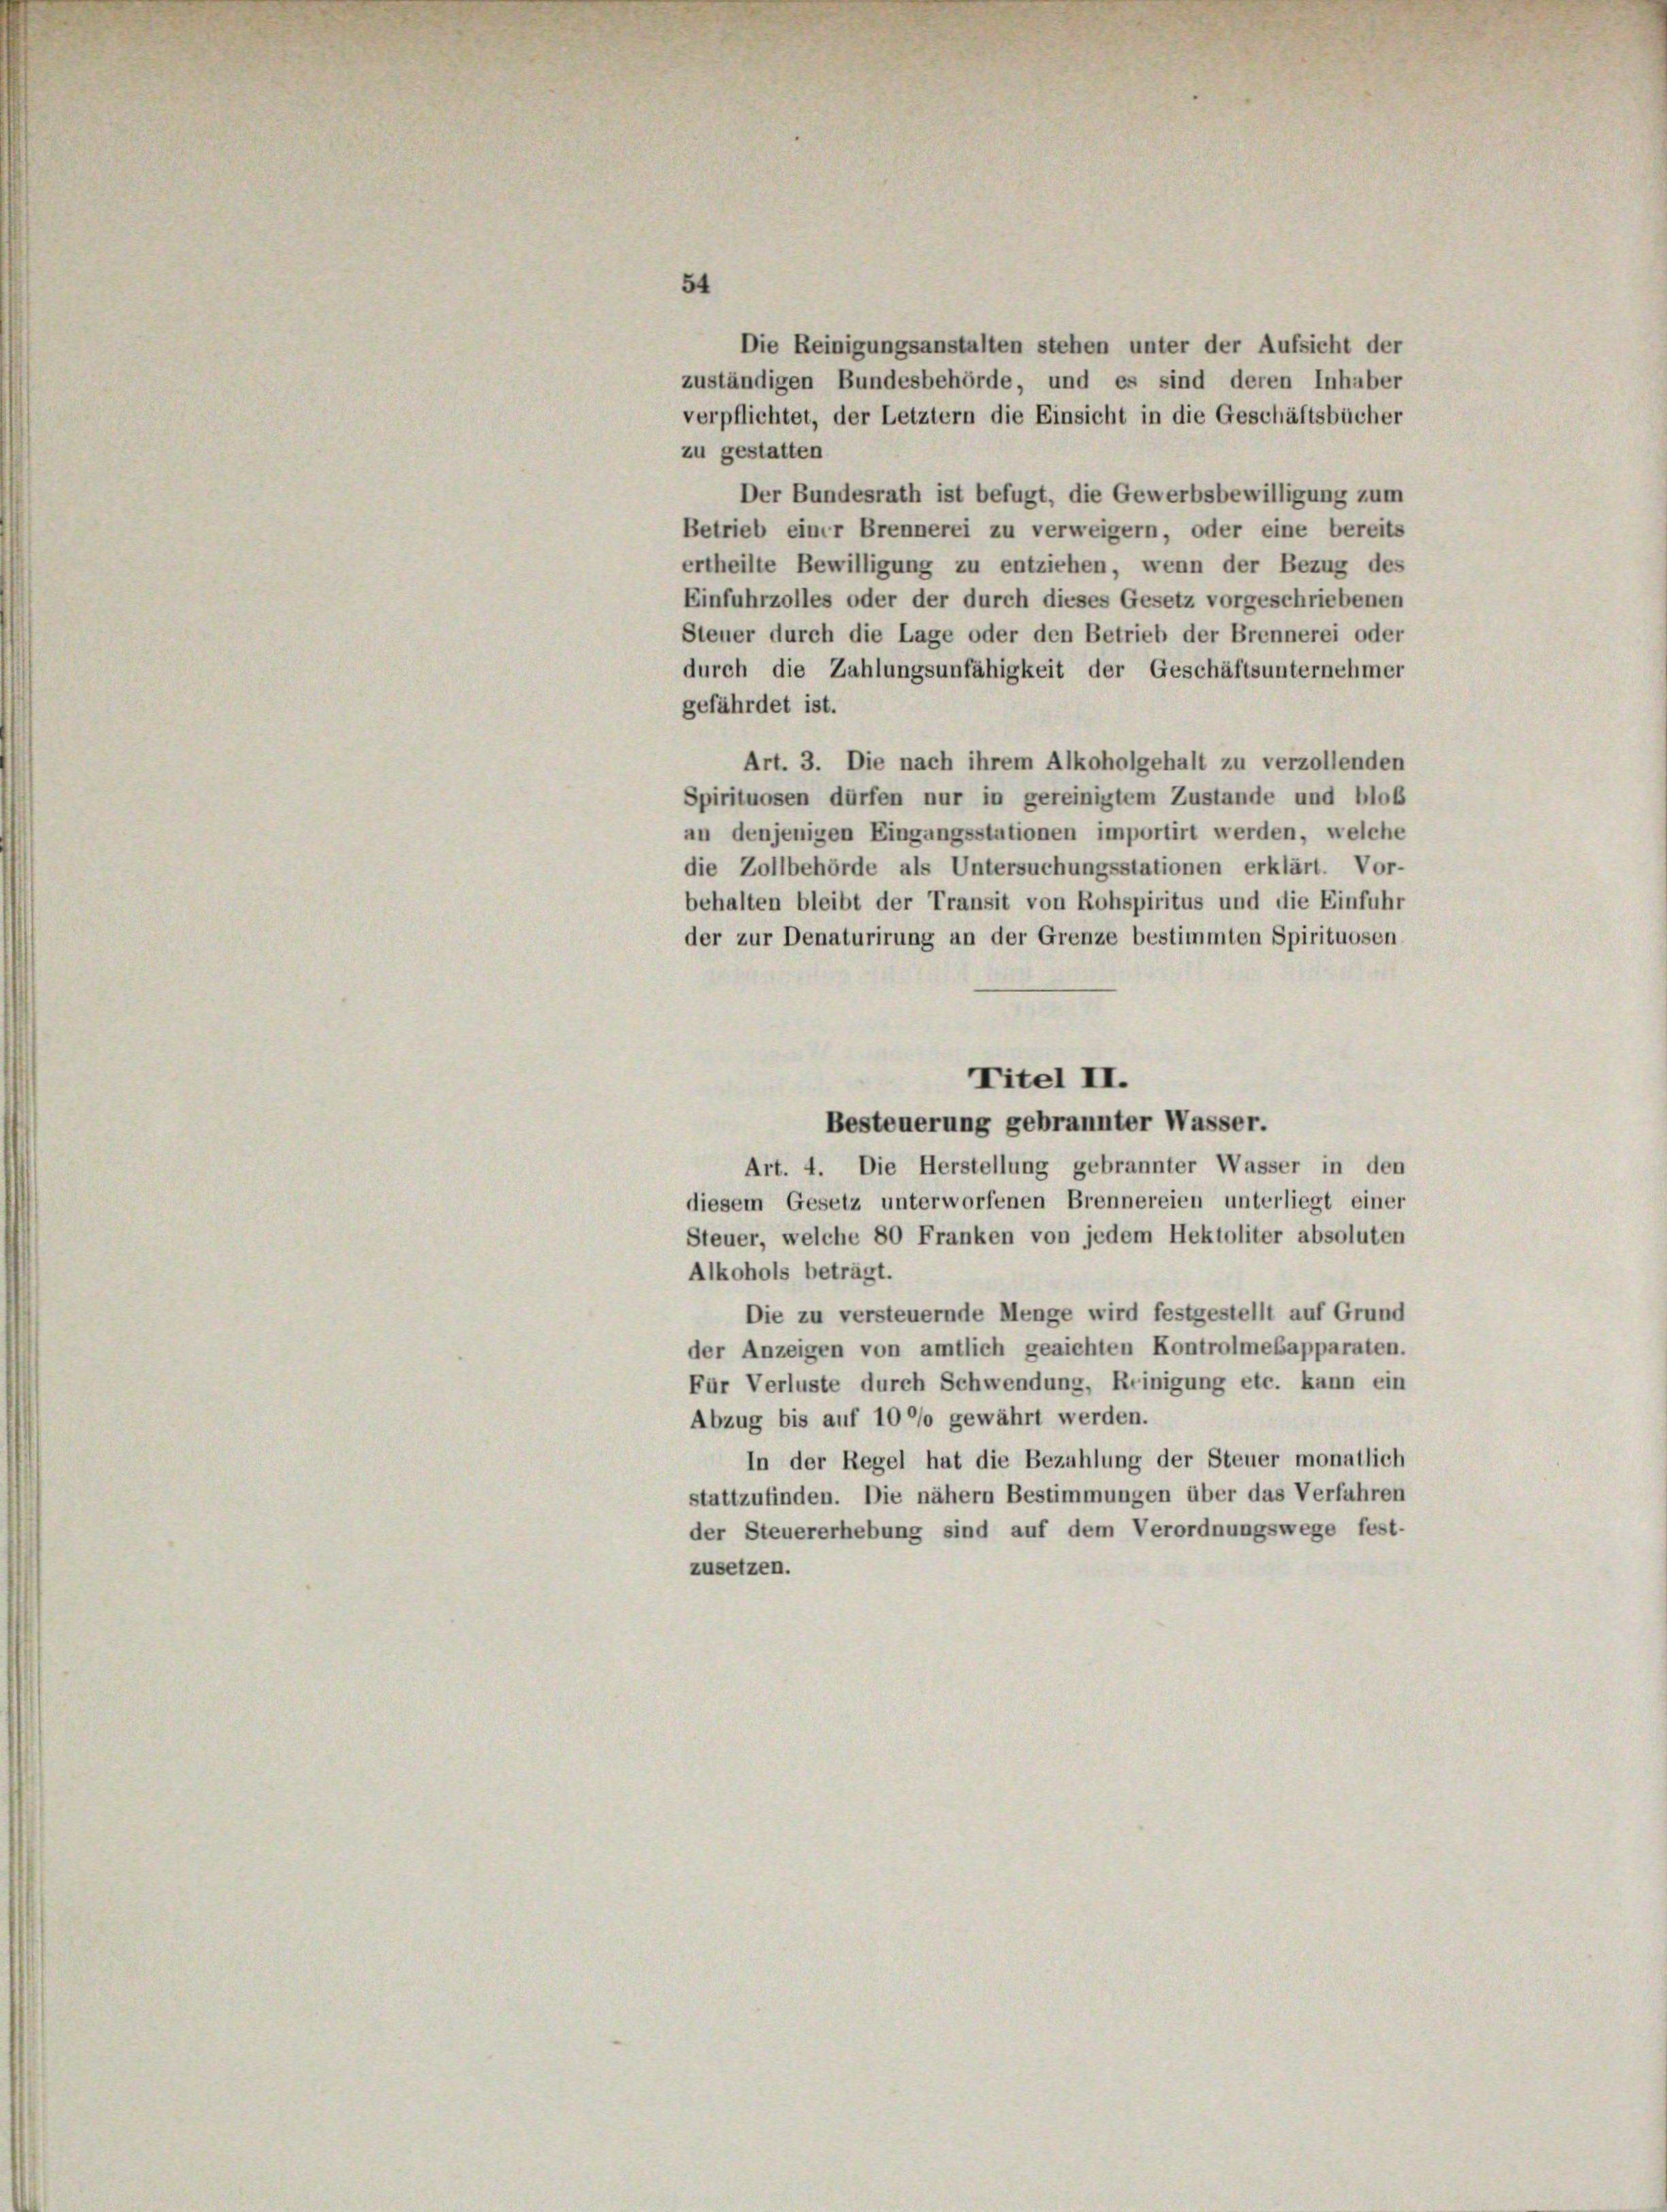
54

zu gestatten
Der Bundesrath ist befugt, die Gewerbsbewilligung zum
Betrieb einer Brennerei zu verweigern, oder eine bereits
ertheilte Bewilligung zu entziehen, wenn der Bezug des
Einfuhrzolles oder der durch dieses Gesetz vorgeschriebenen
Steuer durch die Lage oder den Betrieb der Brennerei oder
durch die Zahlungsunfähigkeit der Geschäftsunternehmer
gefährdet ist.
Art. 3. Die nach ihrem Alkoholgehalt zu verzollenden
Spirituosen dürfen nur in gereinigtem Zustande und bloß
an denjenigen Eingangsstationen importirt werden, welche
die Zollbehörde als Untersuchungsstationen erklärt. Vor-
behalten bleibt der Transit von Rohspiritus und die Einfuhr
der zur Denaturirung an der Grenze bestimmten Spirituosen
Titel II.
Besteuerung gebrannter Wasser.
Art. 4. Die Herstellung gebrannter Wasser in den
diesem Gesetz unterworfenen Brennereien unterliegt einer
Steuer, welche 80 Franken von jedem Hektoliter absoluten
Alkohols beträgt.
Die zu versteuernde Menge wird festgestellt auf Grund
der Anzeigen von amtlich gerichten Kontrolmebapparaten.
Für Verluste durch Schwendung, Reinigung etc. kann ein
Abzug bis auf 1000 gewährt werden.
In der Regel hat die Bezahlung der Steuer monatlich
stattzufinden. Die nähern Bestimmungen über das Verfahren
der Steuererhebung sind auf dem Verordnungswege fest-
zusetzen.

Die Reinigungsanstalten stehen unter der Aufsicht der
zuständigen Bundesbehörde, und es sind deren Inhaber
verpflichtet, der Letztern die Einsicht in die Geschäftsbücher